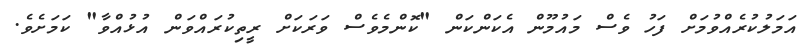
އަމަލުކުރެއްވުމަށް ފަހު ވެސް މައުމޫން އެކަންކަން "ކޮންމެވެސް ވަަރަކަށް ރީތިކުރައްވަން އުޅުއްވާ" ކަމަށެވެ.